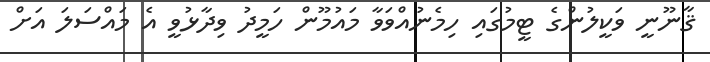
ޤާނޫނީ ވަކީލުންގެ ޓީމުގައި ހިމެނުއްވަވާ މައުމޫން ހަމީދު ވިދާޅުވީ އެ މައްސަލަ އަށް